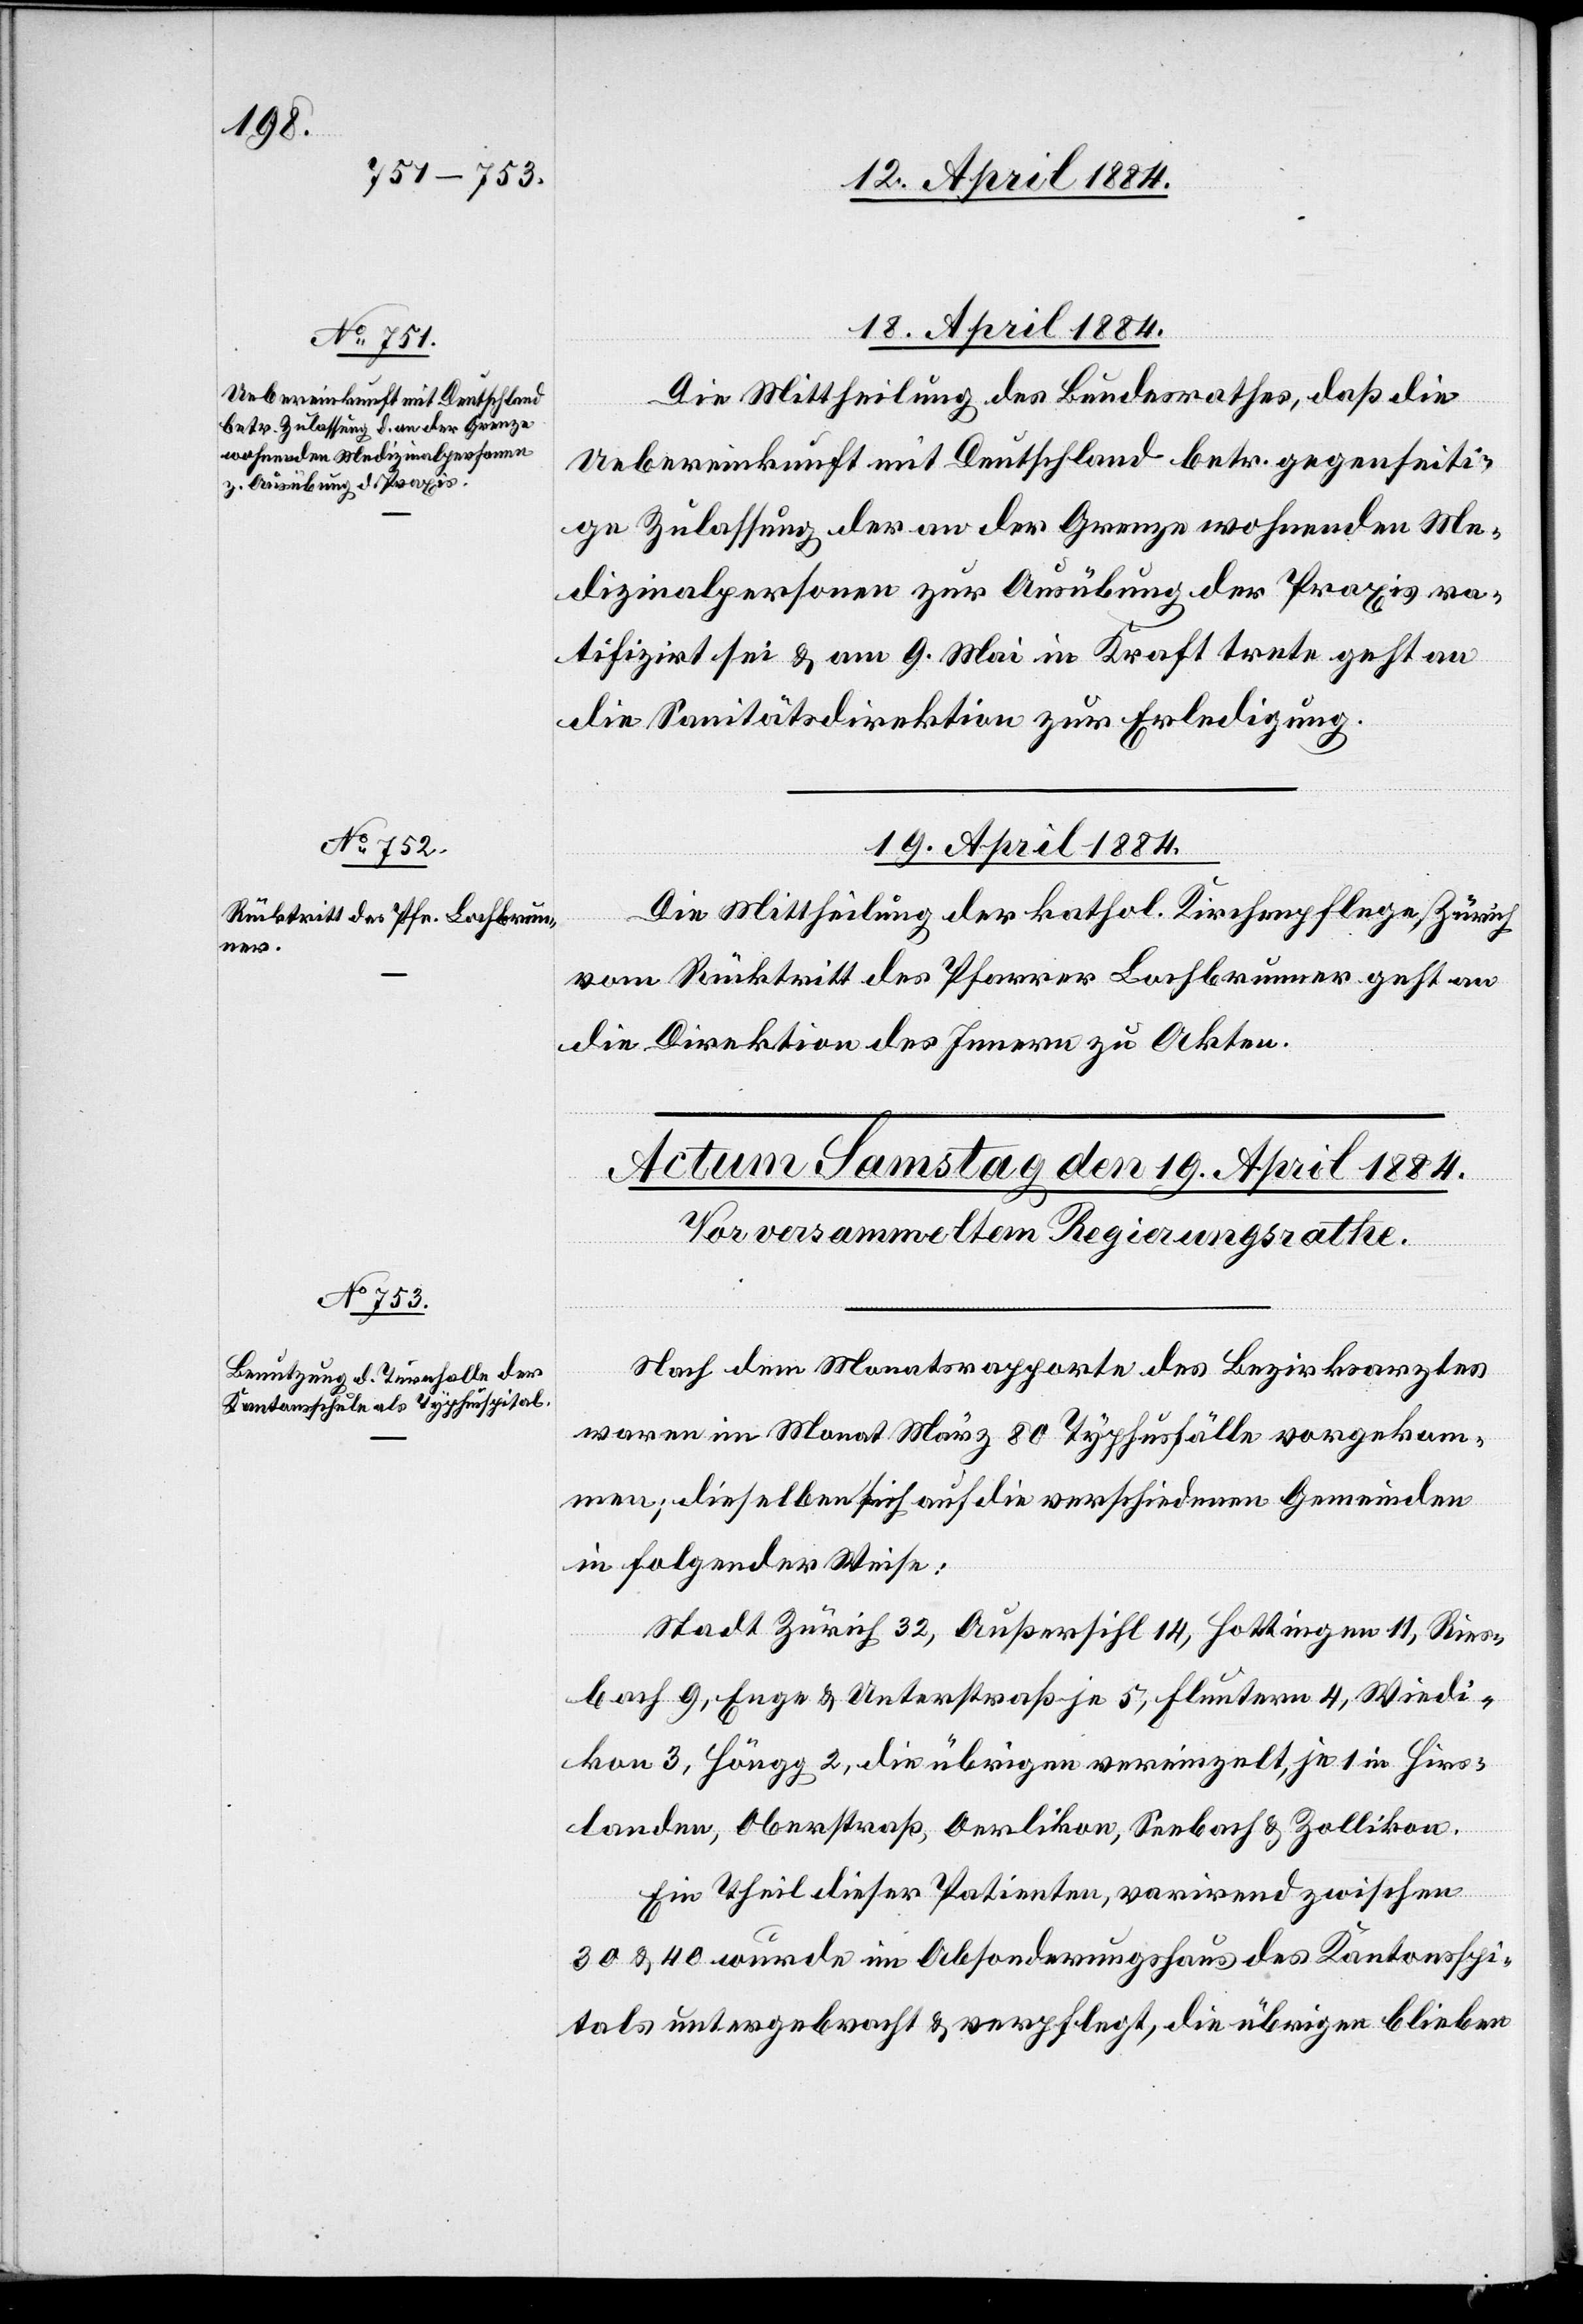
18. April 1884.
Die Mittheilung des Bundesrathes, daß die
Uebereinkunft mit Deutschland betr. gegenseiti¬
ge Zulassung der an der Grenze wohnenden Me¬
dizinalpersonen zur Ausübung der Praxis ra¬
tifizirt sei & am 9. Mai in Kraft trete geht an
die Sanitätsdirektion zur Erledigung.
19. April 1884.
Die Mittheilung der kathol. Kirchenpflege Zürich
vom Rücktritt des Pfarrer Bachbrunner geht an
die Direktion des Innern zu Akten.
Nach dem Monatsrapporte des Bezirksarztes
waren im Monat März 80 Typhusfälle vorgekom¬
men; dieselben sich auf die verschiedenen Gemeinden
in folgender Weise
Stadt Zürich 32, Außersihl 14, Hottingen 11, Ries¬
bach 9, Enge & Unterstraß je 5, Fluntern 4, Wiedi¬
kon 3, Höngg 2, die übrigen vereinzelt, je 1 in Hirs¬
landen, Oberstraß, Oerlikon, Seebach & Zollikon.
Ein Theil dieser Patienten, varirend zwischen
30 & 40 wurde im Absonderungshaus des Kantonsspi¬
tals untergebracht & verpflegt, die übrigen blieben